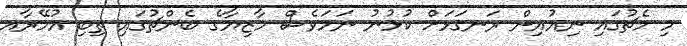
މި މެޗުގައި ނިއުއިން ރަނގަޅަށް ކުޅުނު ނަމަވެސް މާޒިޔާގެ ބެންޗުގައި ތިބި އުމޭރާއ